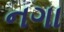
નગા